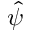
\hat { \psi }